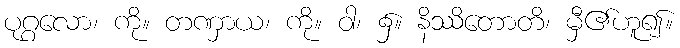
ပုဂ္ဂလော၊ ကို။ တဏှာယ၊ ကို။ ဝါ၊ ၌။ နိဿိတောတိ၊ မှီ၏ဟူ၍။